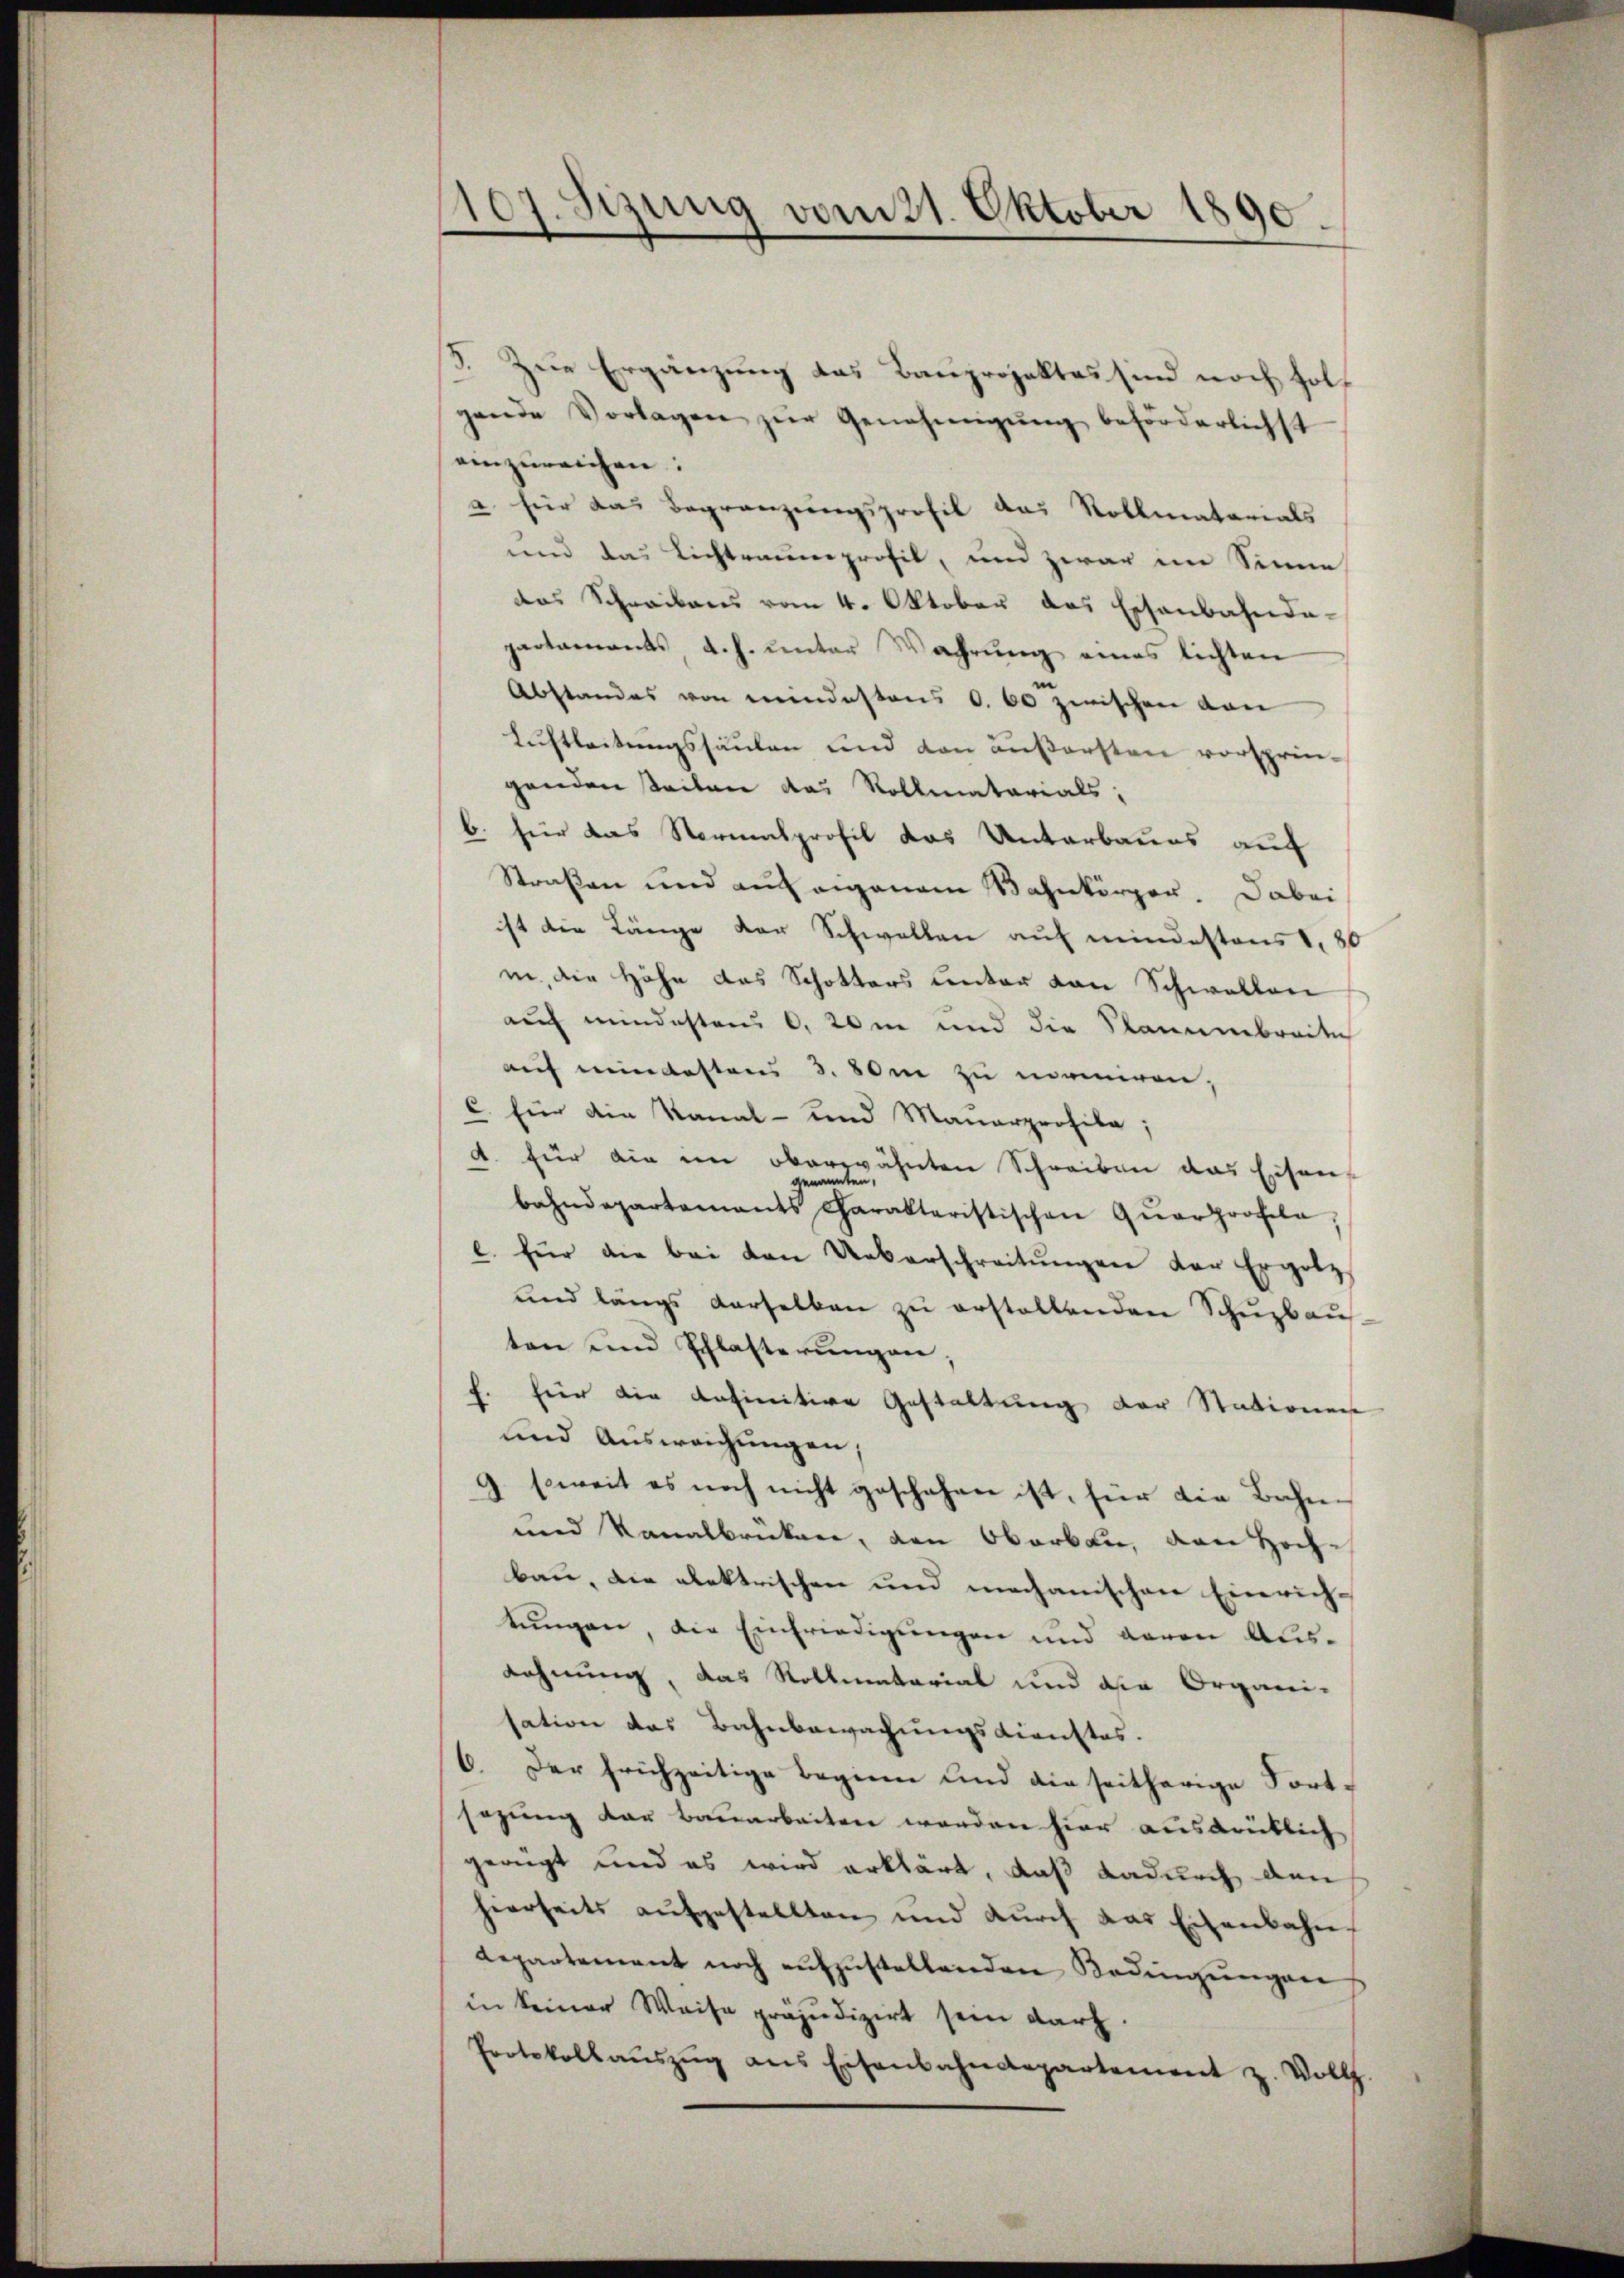
107. Sizung vom 21. Oktober 1890
e
d

3. Zur Ergänzung das Bauprojektes sind noch holgende Vorlagen zŭr Genehmigŭng beförderlichst
einzureichen:
a für das Begränzungsprofil das Rollmatorials
und das Lichtraumprofil, und zwar im Sinne
das Schreibens vom 4. Oktober das Eschenbahndapactamants, d. h. unter Wahrung eines lichten
Abstandes von meindestens S. 60 zwischen von
Luftleitungssäulen und den äußersten vorsprin-
genden steilen das Vollmatarials:
b. für das Normalprofil das Unterbaues auf
Straßen und auf eigenem Wahnkörper. Dabei
ist die Länge der Schwellen auf mindestens 1, 80
i, die Höhe das Schotters unter von Schwellen
auf mindestens 0, 20m und die Stauubreden
auf meindestens 3. 80m zu mamiren,
c für die Kanal- und Mauerprohika;
d. für die im oberwähnten Schreiben das Eisengenann
ten,
bahndepartamants Charakteristischen Qŭarprofeln,
l. für die bei den Ueberschreitŭngen der Ergotz
und längs derselben zu erstellenden Schuzbaus
ten und Schlasterungen;
f. für die definitive Gestaltung der Stationen
und Ausweichungen,
9. soweit es noch nicht geschehen ist, für die Bahn¬
und Kanalbrücken, den Oberben, von Hochbau, die elektrischen und mechanischen Einrichtŭngen, die Einfriedigungen und davon Aus¬
Lehnung, das Rollmatarial und die Organi-
sation das Bahnbewachungsdienstes.
6. Der frühzeitige Beginne und die seitherige Fortsazung dar bauarbeiten werden hier ausdrüklich
gerügt und es wird erklärt, daß dadurch den
hierseits aufgestellten und dŭrch das Eisenbahn
Repartement noch aŭfzŭstellenden Bedingŭngen
in keiner Weise präjudizirt sein darf.
Protokollaŭszŭg ans Eisenbahndepartement z. Vollz